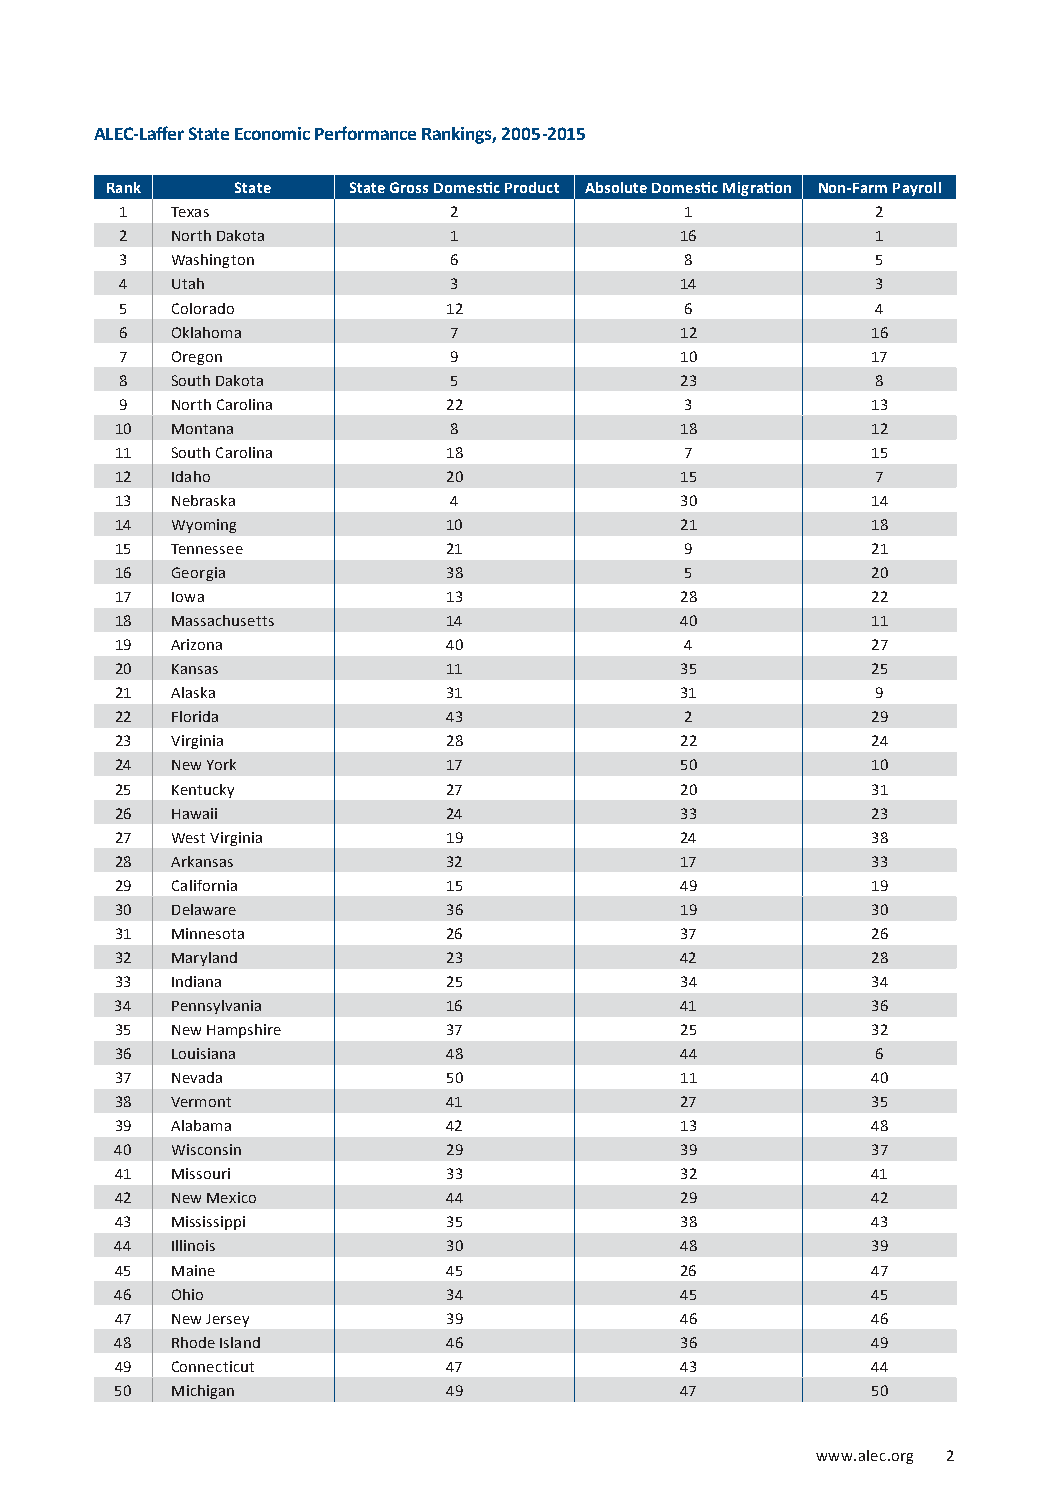
2016 ALEC-LAFFER STATE ECONOMIC COMPETITIVENESS INDEX
 ALEC-Laffer State Economic Performance Rankings, 2005-2015
 Rank     State  State Gross Domestic Product Absolute Domestic Migration Non-Farm Payroll
 1  Texas              2              1            2
 2  North Dakota       1              16           1
 3  Washington         6              8            5
 4  Utah               3              14           3
 5  Colorado           12             6            4
 6  Oklahoma           7              12           16
 7  Oregon             9              10           17
 8  South Dakota       5              23           8
 9  North Carolina     22             3            13
 10 Montana            8              18           12
 11 South Carolina     18             7            15
 12 Idaho              20             15           7
 13 Nebraska           4              30           14
 14 Wyoming            10             21           18
 15 Tennessee          21             9            21
 16 Georgia            38             5            20
 17 Iowa               13             28           22
 18 Massachusetts      14             40           11
 19 Arizona            40             4            27
 20 Kansas             11             35           25
 21 Alaska             31             31           9
 22 Florida            43             2            29
 23 Virginia           28             22           24
 24 New York           17             50           10
 25 Kentucky           27             20           31
 26 Hawaii             24             33           23
 27 West Virginia      19             24           38
 28 Arkansas           32             17           33
 29 California         15             49           19
 30 Delaware           36             19           30
 31 Minnesota          26             37           26
 32 Maryland           23             42           28
 33 Indiana            25             34           34
 34 Pennsylvania       16             41           36
 35 New Hampshire      37             25           32
 36 Louisiana          48             44           6
 37 Nevada             50             11           40
 38 Vermont            41             27           35
 39 Alabama            42             13           48
 40 Wisconsin          29             39           37
 41 Missouri           33             32           41
 42 New Mexico         44             29           42
 43 Mississippi        35             38           43
 44 Illinois           30             48           39
 45 Maine              45             26           47
 46 Ohio               34             45           45
 47 New Jersey         39             46           46
 48 Rhode Island       46             36           49
 49 Connecticut        47             43           44
 50 Michigan           49             47           50
 www.alec.org 2